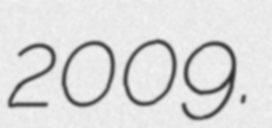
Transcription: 2009.